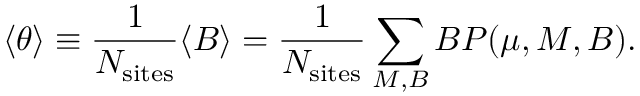
\langle \theta \rangle \equiv \frac { 1 } { N _ { \mathrm { s i t e s } } } \langle B \rangle = \frac { 1 } { N _ { \mathrm { s i t e s } } } \sum _ { M , B } B P ( \mu , M , B ) .